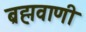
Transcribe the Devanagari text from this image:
ब्रह्मवाणी